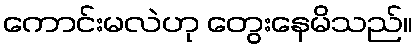
ကောင်းမလဲဟု တွေးနေမိသည်။